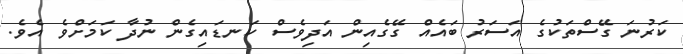
ކަރުނަ ގޭސްތަކުގެ އަސަރު ބައެއް ގޭގެއިން އަދިވެސް ކަނޑައިގެން ނުދާ ކަމަށްވެ އެވެ.